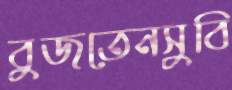
বুজতেনসুবি